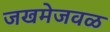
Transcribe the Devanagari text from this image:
जखमेजवळ